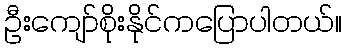
ဦးကျော်စိုးနိုင်ကပြောပါတယ်။